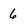
Character: 6